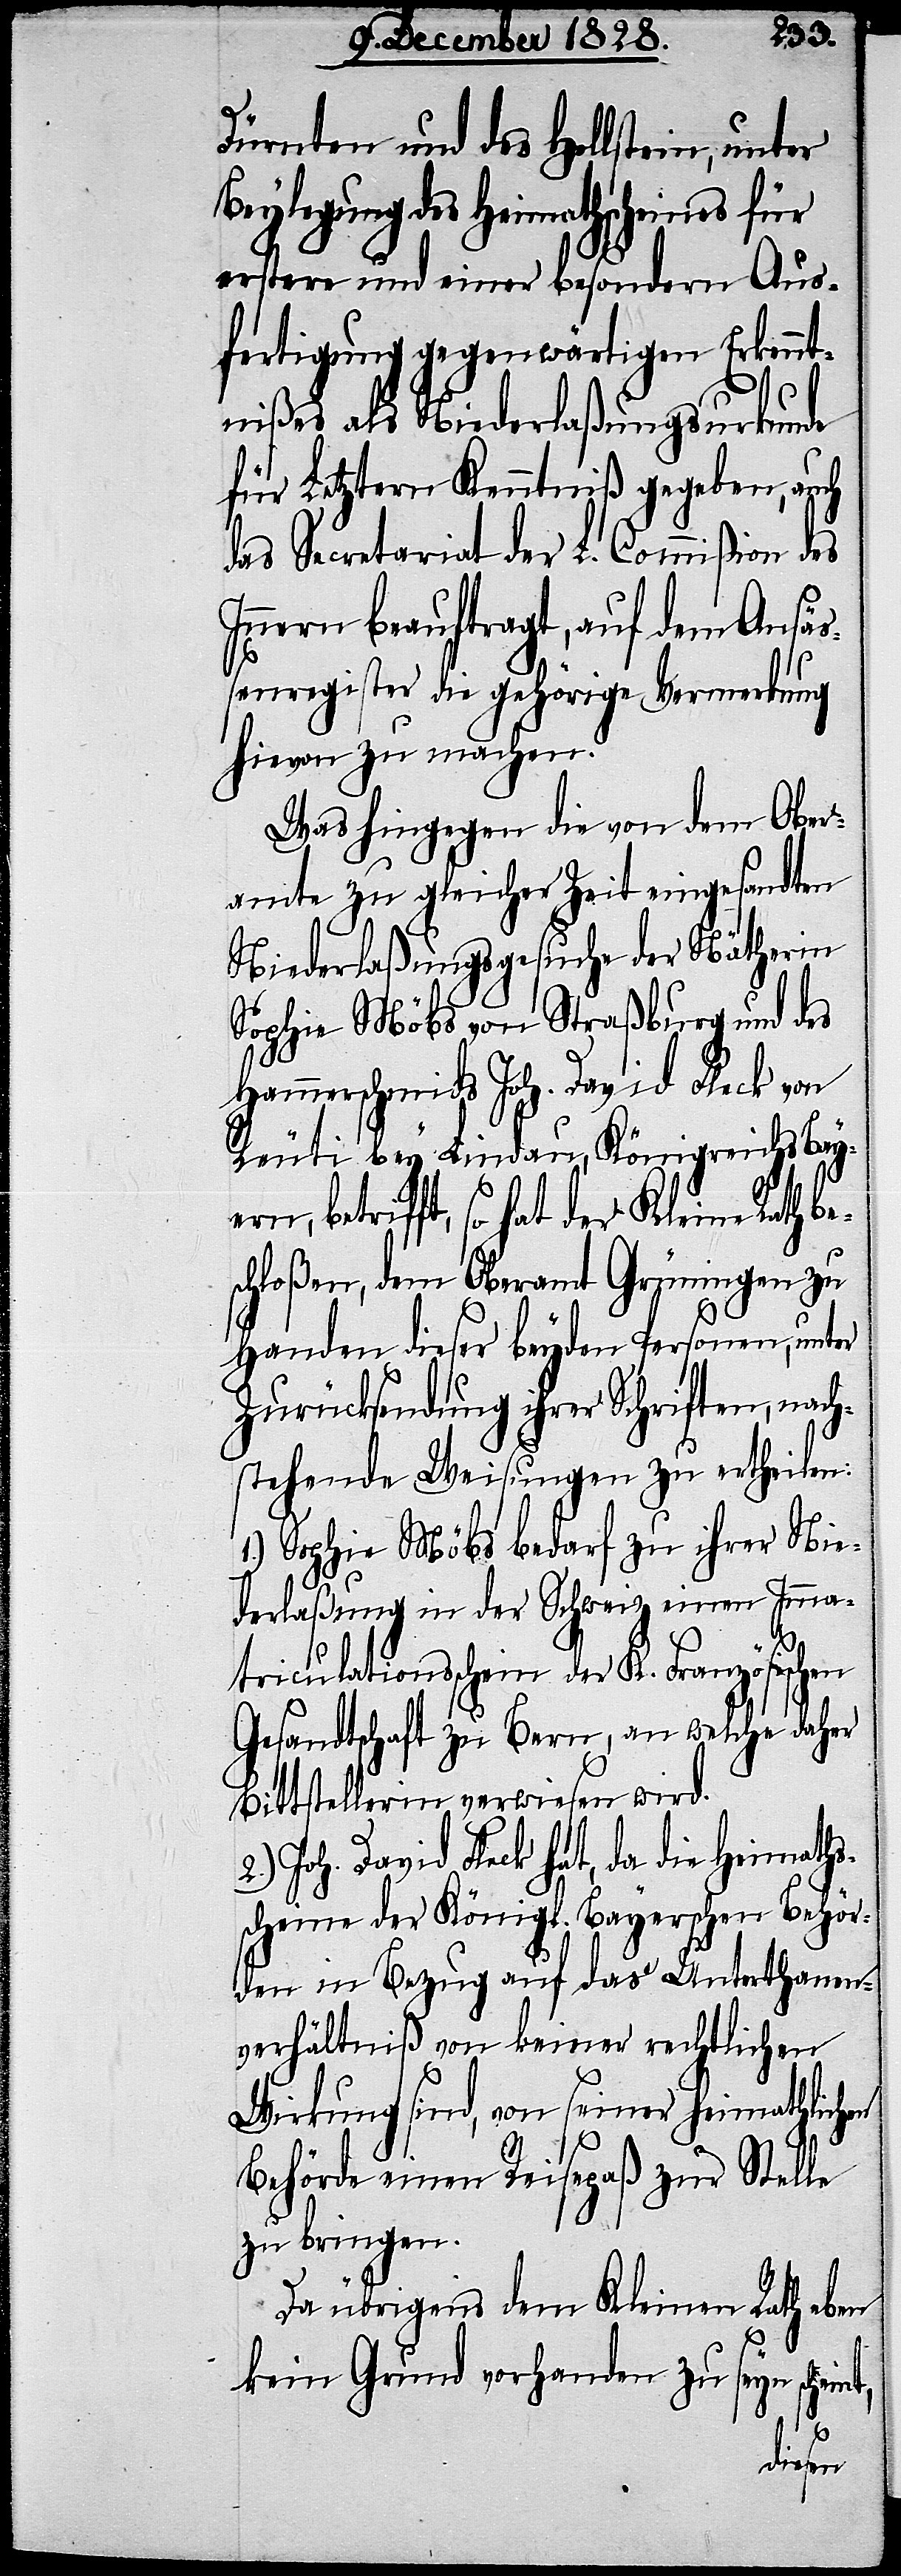
Dürnten und des Hollstein, unter
Beylegung des Heimathscheines für
erstere und einer besondern Aus¬
fertigung gegenwärtigen Erkennt¬
nißes als Niederlaßungsurkunde
für Letztern Kenntniß gegeben, auch
das Secretariat der L. Commißion des
Innern beauftragt, auf dem Ansäß¬
enregister die gehörige Vermerkung
hievon zu machen.
Was hingegen die von dem Ober¬
amte zu gleicher Zeit eingesandten
Niederlaßungsgesuche der Nätherin
Sophie Möbs von Straßburg und des
Hammerschmids Joh. David Fleck von
Reuti bey Lindau, Königreichs Bay¬
ern, betrifft, so hat der Kleine Rath be¬
schloßen, dem Oberamt Grüningen zu
Handen dieser beyden Personen, unter
Zurücksendung ihrer Schriften, nach¬
stehende Weisungen zu ertheilen:
1.) Sophie Möbs bedarf zu ihrer Nie¬
derlaßung in der Schweiz einen Imma¬
triculationsschein der K. Französischen
Gesandtschaft zu Bern, an welche daher
Bittstellerin verwiesen wird.
Joh. David Fleck hat, da die Heimaths¬
scheine der Königl. Bayerschen Behör¬
den in Bezug auf das Unterthanen¬
verhältniß von keiner rechtlichen
Wirkung sind, von seiner heimathlichen
Behörde einen Reisepaß zur Stelle
zu bringen.
Da übrigens dem Kleinen Rath eben
kein Grund vorhanden zu seyn